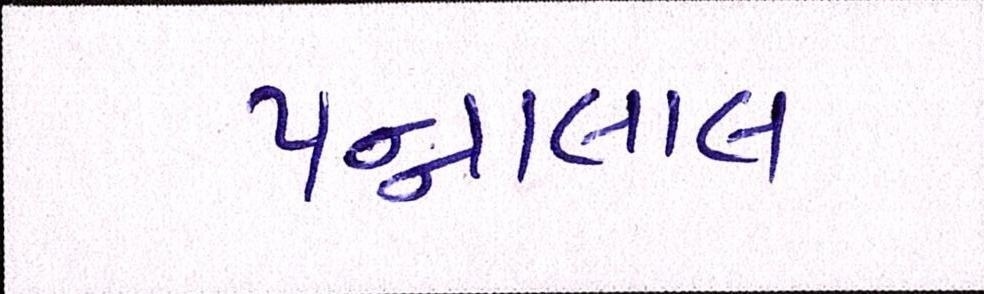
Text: પન્નાલાલ